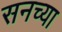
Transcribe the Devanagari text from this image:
सनच्या